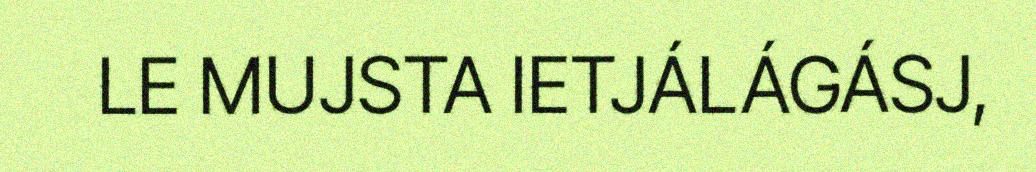
LE MUJSTA IETJÁLÁGÁSJ,